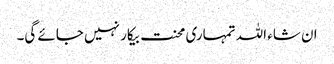
ان شاء اللہ تمہاری محنت بیکار نہیں جائے گی۔